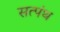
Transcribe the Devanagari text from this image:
सत्पंथ